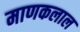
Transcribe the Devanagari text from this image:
माणकलाल